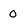
Character: 0